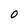
Character: 0